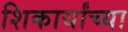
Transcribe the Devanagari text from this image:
शिकार्यांच्या